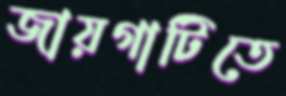
জায়গাটিতে